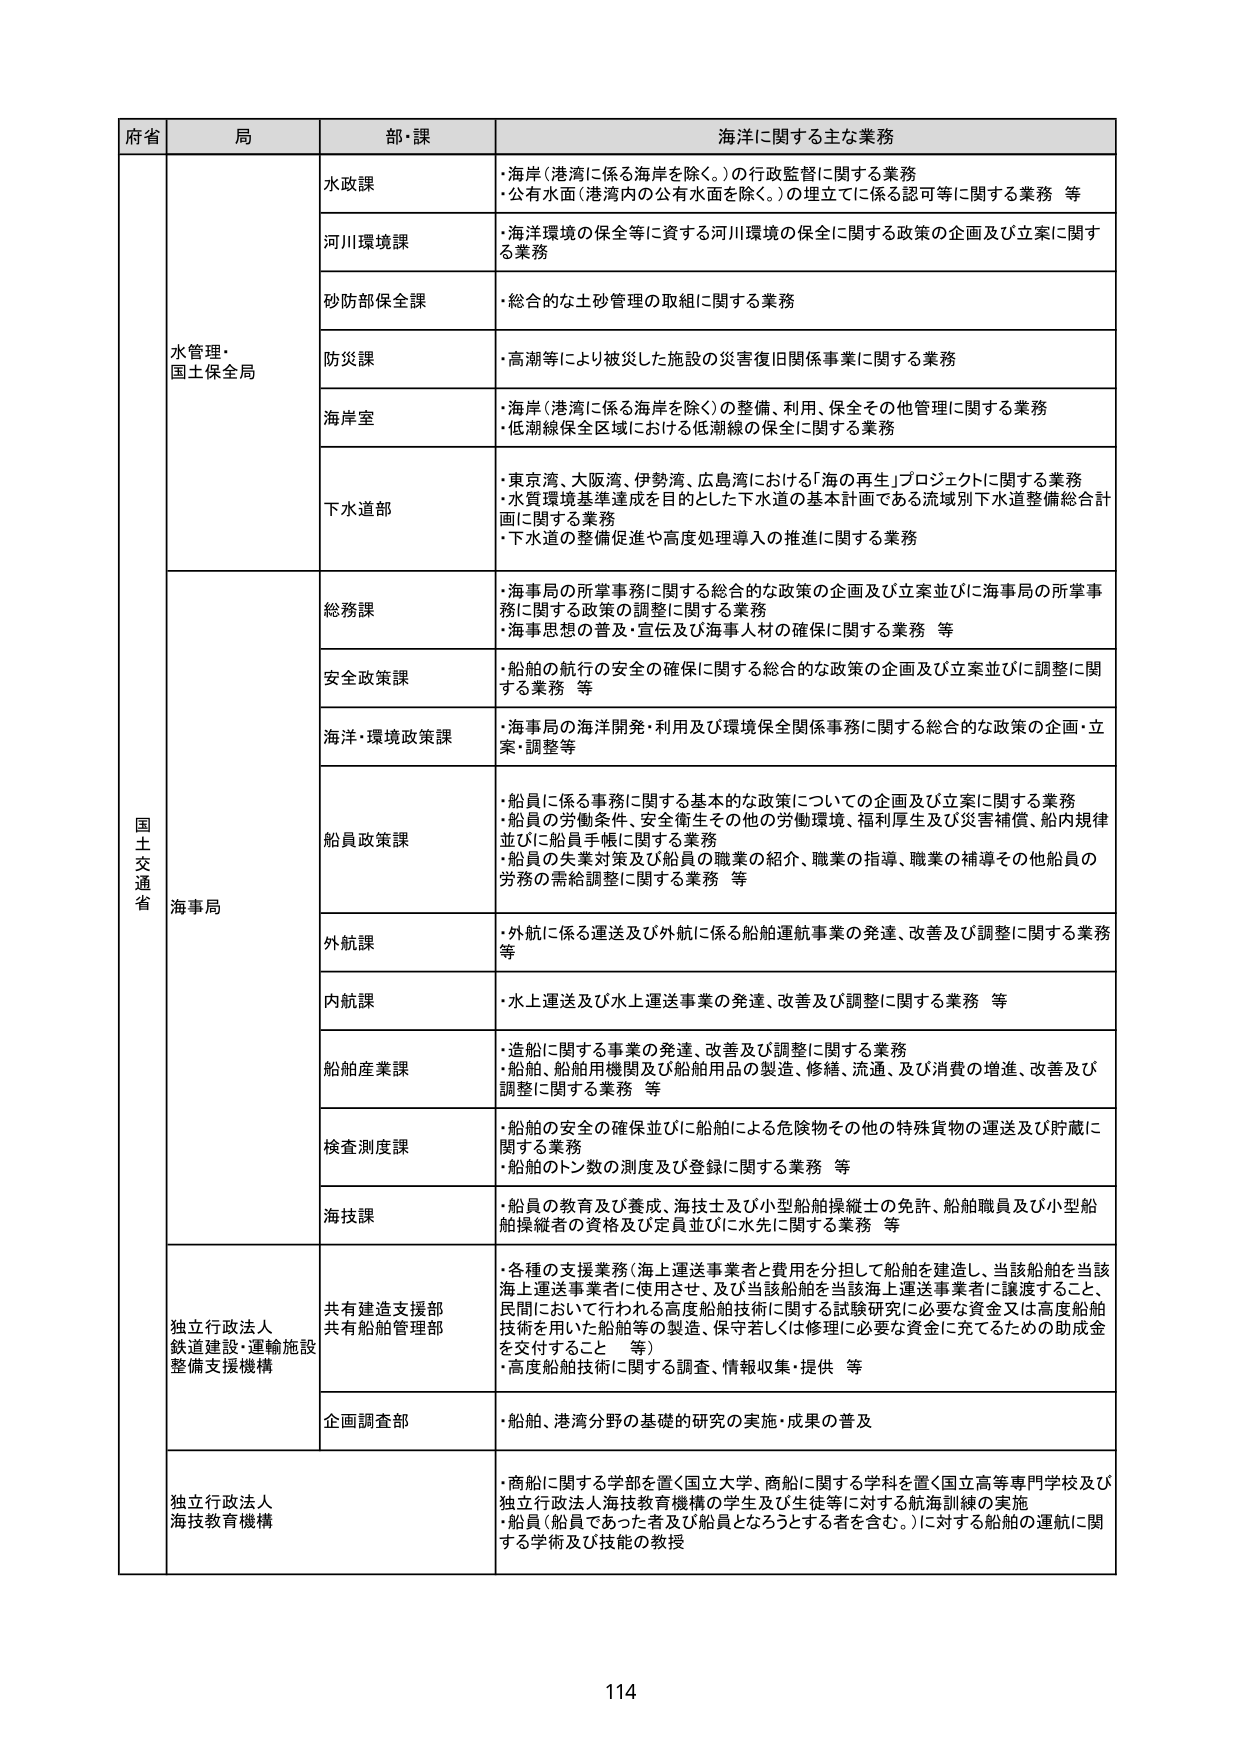
府省 局 部・課 海洋に関する主な業務
水管理・国土保全局 水政課 ・海岸（港湾に係る海岸を除く。）の行政監督に関する業務 ・公有水面（港湾内の公有水面を除く。）の埋立てに係る認可等に関する業務 等
河川環境課 ・海洋環境の保全等に資する河川環境の保全に関する政策の企画及び立案に関する業務
砂防部保全課 ・総合的な土砂管理の取組に関する業務
防災課 ・高潮等により被災した施設の災害復旧関係事業に関する業務
海岸室 ・海岸（港湾に係る海岸を除く）の整備、利用、保全その他管理に関する業務 ・低潮線保全区域における低潮線の保全に関する業務
下水道部 ・東京湾、大阪湾、伊勢湾、広島湾における「海の再生」プロジェクトに関する業務 ・水質環境基準達成を目的とした下水道の基本計画である流域別下水道整備総合計画に関する業務 ・下水道の整備促進や高度処理導入の推進に関する業務
国土交通省 海事局 総務課 ・海事局の所掌事務に関する総合的な政策の企画及び立案並びに海事局の所掌事務に関する政策の調整に関する業務 ・海事思想の普及・宣伝及び海事人材の確保に関する業務 等
安全政策課 ・船舶の航行の安全の確保に関する総合的な政策の企画及び立案並びに調整に関する業務 等
海洋・環境政策課 ・海事局の海洋開発・利用及び環境保全関係事務に関する総合的な政策の企画・立案・調整等
船員政策課 ・船員に係る事務に関する基本的な政策についての企画及び立案に関する業務 ・船員の労働条件、安全衛生その他の労働環境、福利厚生及び災害補償、船内規律並びに船員手帳に関する業務 ・船員の失業対策及び船員の職業の紹介、職業の指導、職業の補導その他船員の労務の需給調整に関する業務 等
外航課 ・外航に係る運送及び外航に係る船舶運航事業の発達、改善及び調整に関する業務 等
内航課 ・水上運送及び水上運送事業の発達、改善及び調整に関する業務 等
船舶産業課 ・造船に関する事業の発達、改善及び調整に関する業務 ・船舶、船舶用機関及び船舶用品の製造、修繕、流通、及び消費の増進、改善及び調整に関する業務 等
検査測度課 ・船舶の安全の確保並びに船舶による危険物その他の特殊貨物の運送及び貯蔵に関する業務 ・船舶のトン数の測度及び登録に関する業務 等
海技課 ・船員の教育及び養成、海技士及び小型船舶操縦士の免許、船舶職員及び小型船舶操縦者の資格及び定員並びに水先に関する業務 等
独立行政法人 鉄道建設・運輸施設整備支援機構 共有建造支援部 共有船舶管理部 ・各種の支援業務（海上運送事業者と費用を分担して船舶を建造し、当該船舶を当該海上運送事業者に使用させ、及び当該船舶を当該海上運送事業者に譲渡すること、民間において行われる高度船舶技術に関する試験研究に必要な資金又は高度船舶技術を用いた船舶等の製造、保守若しくは修理に必要な資金に充てるための助成金を交付すること 等） ・高度船舶技術に関する調査、情報収集・提供 等
企画調査部 ・船舶、港湾分野の基礎的研究の実施・成果の普及
独立行政法人 海技教育機構 ・商船に関する学部を置く国立大学、商船に関する学科を置く国立高等専門学校及び独立行政法人海技教育機構の学生及び生徒等に対する航海訓練の実施 ・船員（船員であった者及び船員となろうとする者を含む。）に対する船舶の運航に関する学術及び技能の教授
114